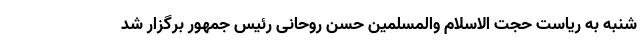
شنبه به ریاست حجت الاسلام والمسلمین حسن روحانی رئیس جمهور برگزار شد